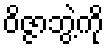
ဝိဇ္ဇာဘွဲ့ကို